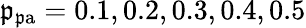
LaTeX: \mathfrak{p}_{\mathrm{{\mathfrak{p}a}}}=0.1,0.2,0.3,0.4,0.5